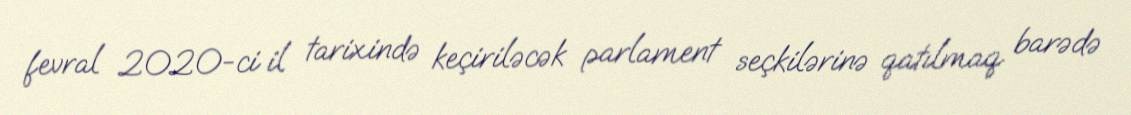
fevral 2020-ci il tarixində keçiriləcək parlament seçkilərinə qatılmaq barədə